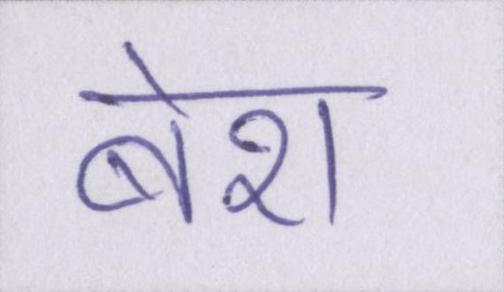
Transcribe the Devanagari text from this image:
बेश